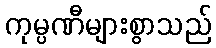
ကုမ္ပဏီများစွာသည်